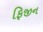
ફિજીન